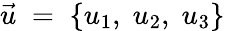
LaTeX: \vec{u}\; =\; \{ u_{1},\; u_{2},\; u_{3}\}